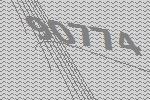
90774